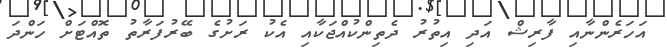
އަހަރެންނާއި ފާރިޝް އަދި އިތުރު ދެތިންކުއްޖަކާއި އެކު ރަށުގެ ބޭރުފަރާތު ތޮއްޓަށް ހަންދަ